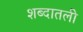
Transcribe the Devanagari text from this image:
शब्दातली